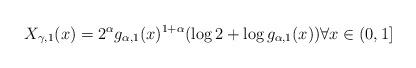
LaTeX: \begin{align*} X_{\gamma, 1}(x) &= 2^{\alpha}g_{\alpha, 1} (x)^{1 + \alpha} (\log 2 + \log g_{\alpha, 1} (x)) \forall x \in (0,1]\end{align*}